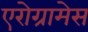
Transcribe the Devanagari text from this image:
एरोग्रामेस